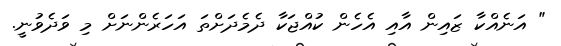
" އަނެއްކާ ޒައިން އާއި އެހެން ކުއްޖަކާ ދެމެދަށްތަ އަހަރެންނަށް މި ވަދެވުނީ.